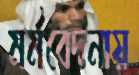
মর্মবেদনায়